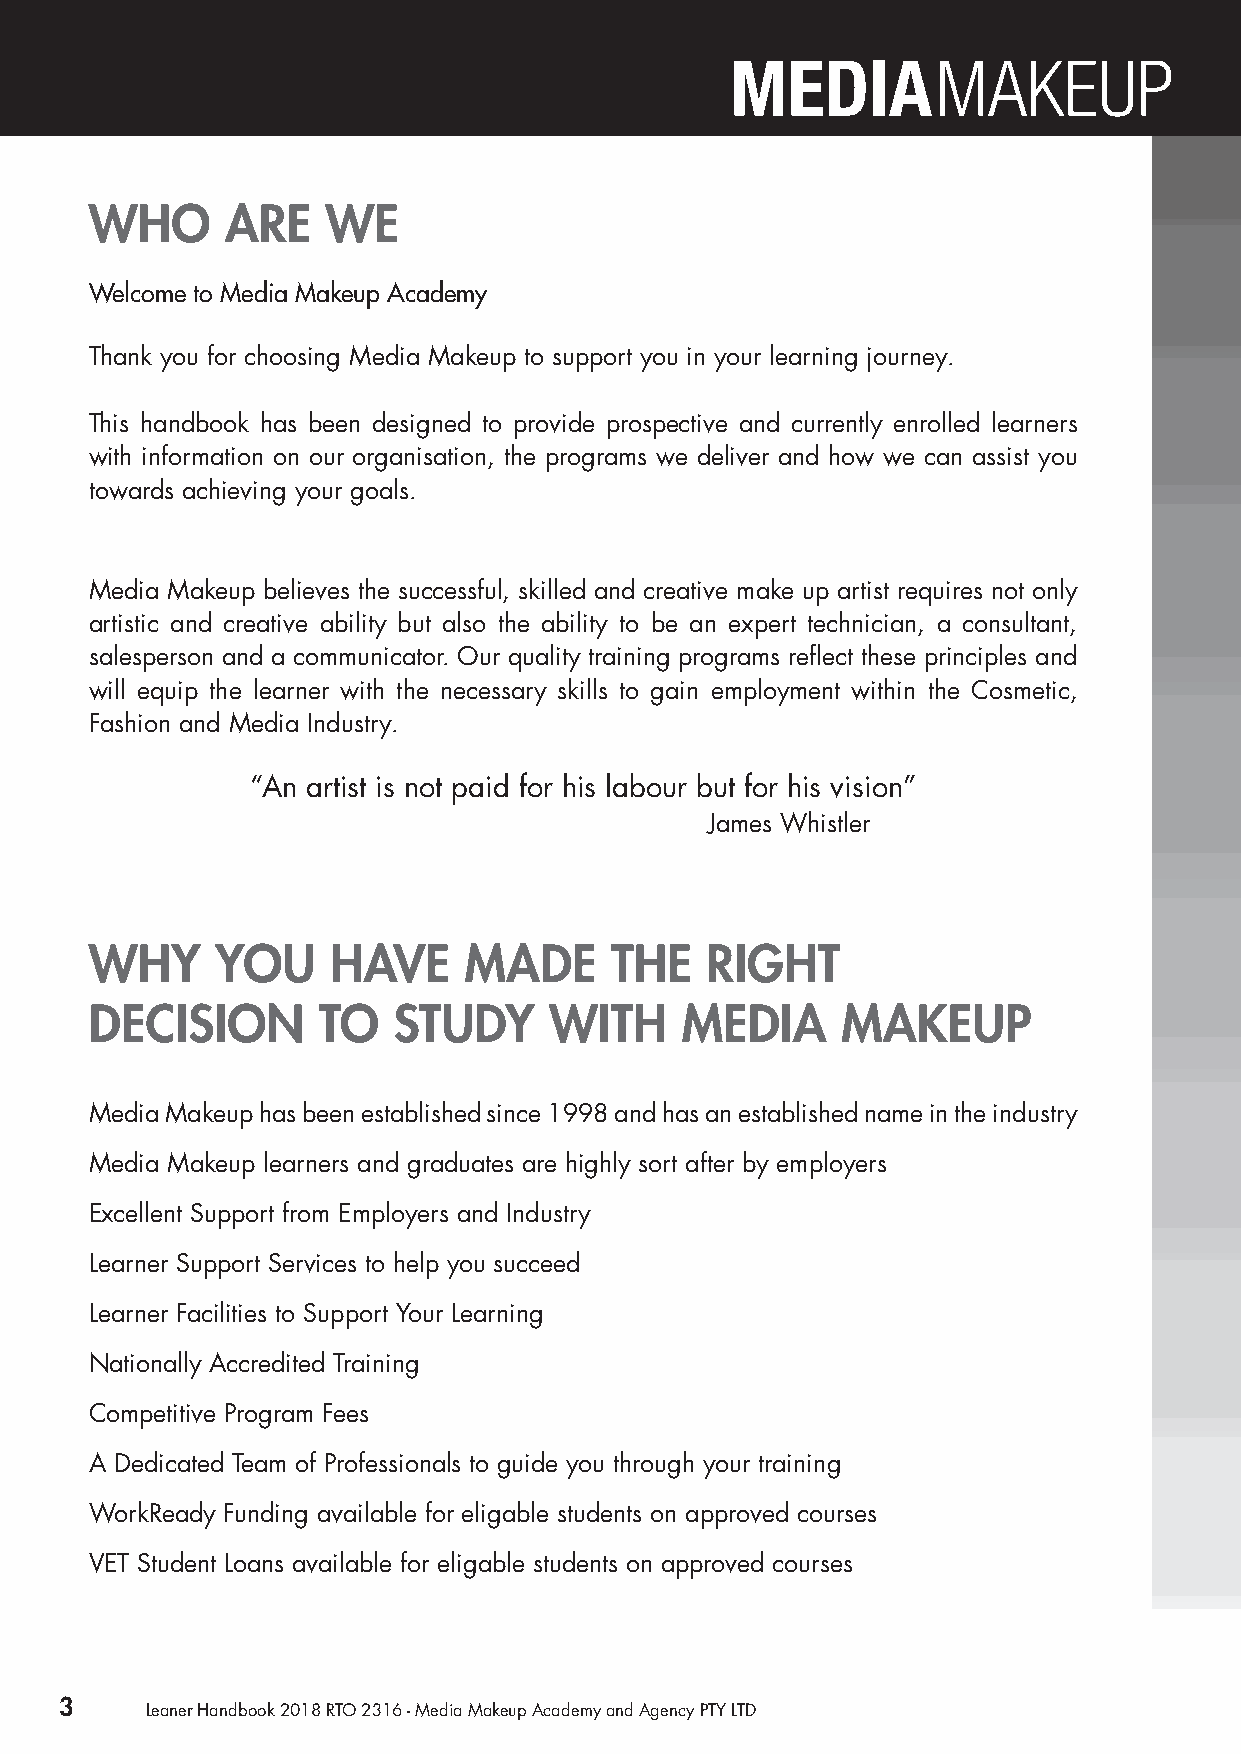
WHO      ARE    WE
 Welcome to Media Makeup Academy
 Thank you for choosing Media Makeup to support you in your learning journey.
 This handbook has been designed to provide prospective and currently enrolled learners
 with information on our organisation, the programs we deliver and how we can assist you
 towards achieving your goals.
 Media Makeup believes the successful, skilled and creative make up artist requires not only
 artistic and creative ability but also the ability to be an expert technician, a consultant,
 salesperson and a communicator. Our quality training programs reflect these principles and
 will equip the learner with the necessary skills to gain employment within the Cosmetic,
 Fashion and Media Industry.
 “An artist is not paid for his labour but for his vision”
 James Whistler
 WHY     YOU     HAVE     MADE     THE    RIGHT
 DECISION       TO   STUDY     WITH     MEDIA      MAKEUP
 Media Makeup has been established since 1998 and has an established name in the industry
 Media Makeup learners and graduates are highly sort after by employers
 Excellent Support from Employers and Industry
 Learner Support Services to help you succeed
 Learner Facilities to Support Your Learning
 Nationally Accredited Training
 Competitive Program Fees
 A Dedicated Team of Professionals to guide you through your training
 WorkReady Funding available for eligable students on approved courses
 VET Student Loans available for eligable students on approved courses
 3     Leaner Handbook 2018 RTO 2316 - Media Makeup Academy and Agency PTY LTD